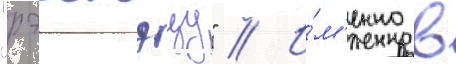
"рэигэцу" // И́м'енно в